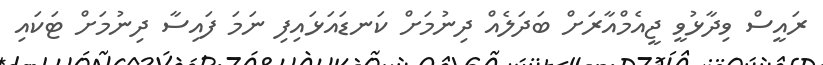
ރައީސް ވިދާޅުވީ ޖީއެމްއާރަށް ބަދަލެއް ދިނުމަށް ކަނޑައަޅައިފި ނަމަ ފައިސާ ދިނުމަށް ޓަކައި